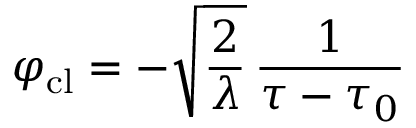
\varphi _ { \mathrm { c l } } = - \sqrt { \frac { 2 } { \lambda } } \, { \frac { 1 } { \tau - \tau _ { 0 } } }